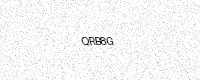
Text: QRB8G